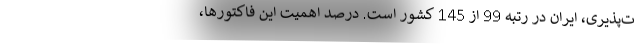
ت­پذیری، ایران در رتبه 99 از 145 کشور است. درصد اهمیت این فاکتورها،